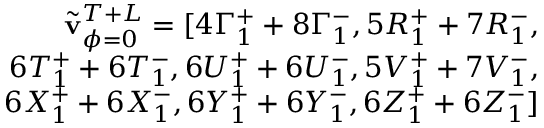
\begin{array} { r } { \Tilde { \mathbf { v } } _ { \phi = 0 } ^ { T + L } = [ 4 \Gamma _ { 1 } ^ { + } + 8 \Gamma _ { 1 } ^ { - } , 5 R _ { 1 } ^ { + } + 7 R _ { 1 } ^ { - } , } \\ { 6 T _ { 1 } ^ { + } + 6 T _ { 1 } ^ { - } , 6 U _ { 1 } ^ { + } + 6 U _ { 1 } ^ { - } , 5 V _ { 1 } ^ { + } + 7 V _ { 1 } ^ { - } , } \\ { 6 X _ { 1 } ^ { + } + 6 X _ { 1 } ^ { - } , 6 Y _ { 1 } ^ { + } + 6 Y _ { 1 } ^ { - } , 6 Z _ { 1 } ^ { + } + 6 Z _ { 1 } ^ { - } ] } \end{array}